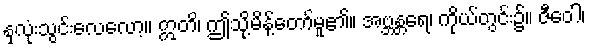
နှလုံးသွင်းလေလော့။ ဣတိ၊ ဤသို့မိန့်တော်မူ၏။ အဗ္ဘန္တရေ၊ ကိုယ်တွင်း၌။ ဇီဝေါ၊